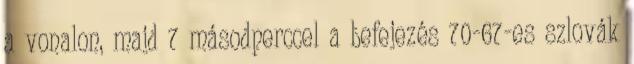
a vonalon, majd 7 másodperccel a befejezés 70-67-es szlovák